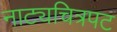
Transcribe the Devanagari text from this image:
नाट्यचित्रपट